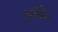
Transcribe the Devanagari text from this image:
मुखित